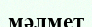
мәлмет